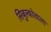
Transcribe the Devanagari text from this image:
सिबुल्कोवाला